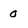
Character: 0